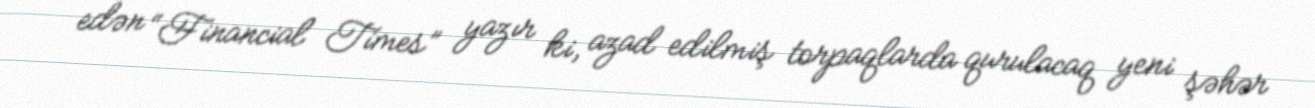
edən “Financial Times” yazır ki, azad edilmiş torpaqlarda qurulacaq yeni şəhər